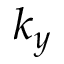
k _ { y }